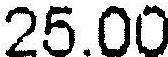
25.00